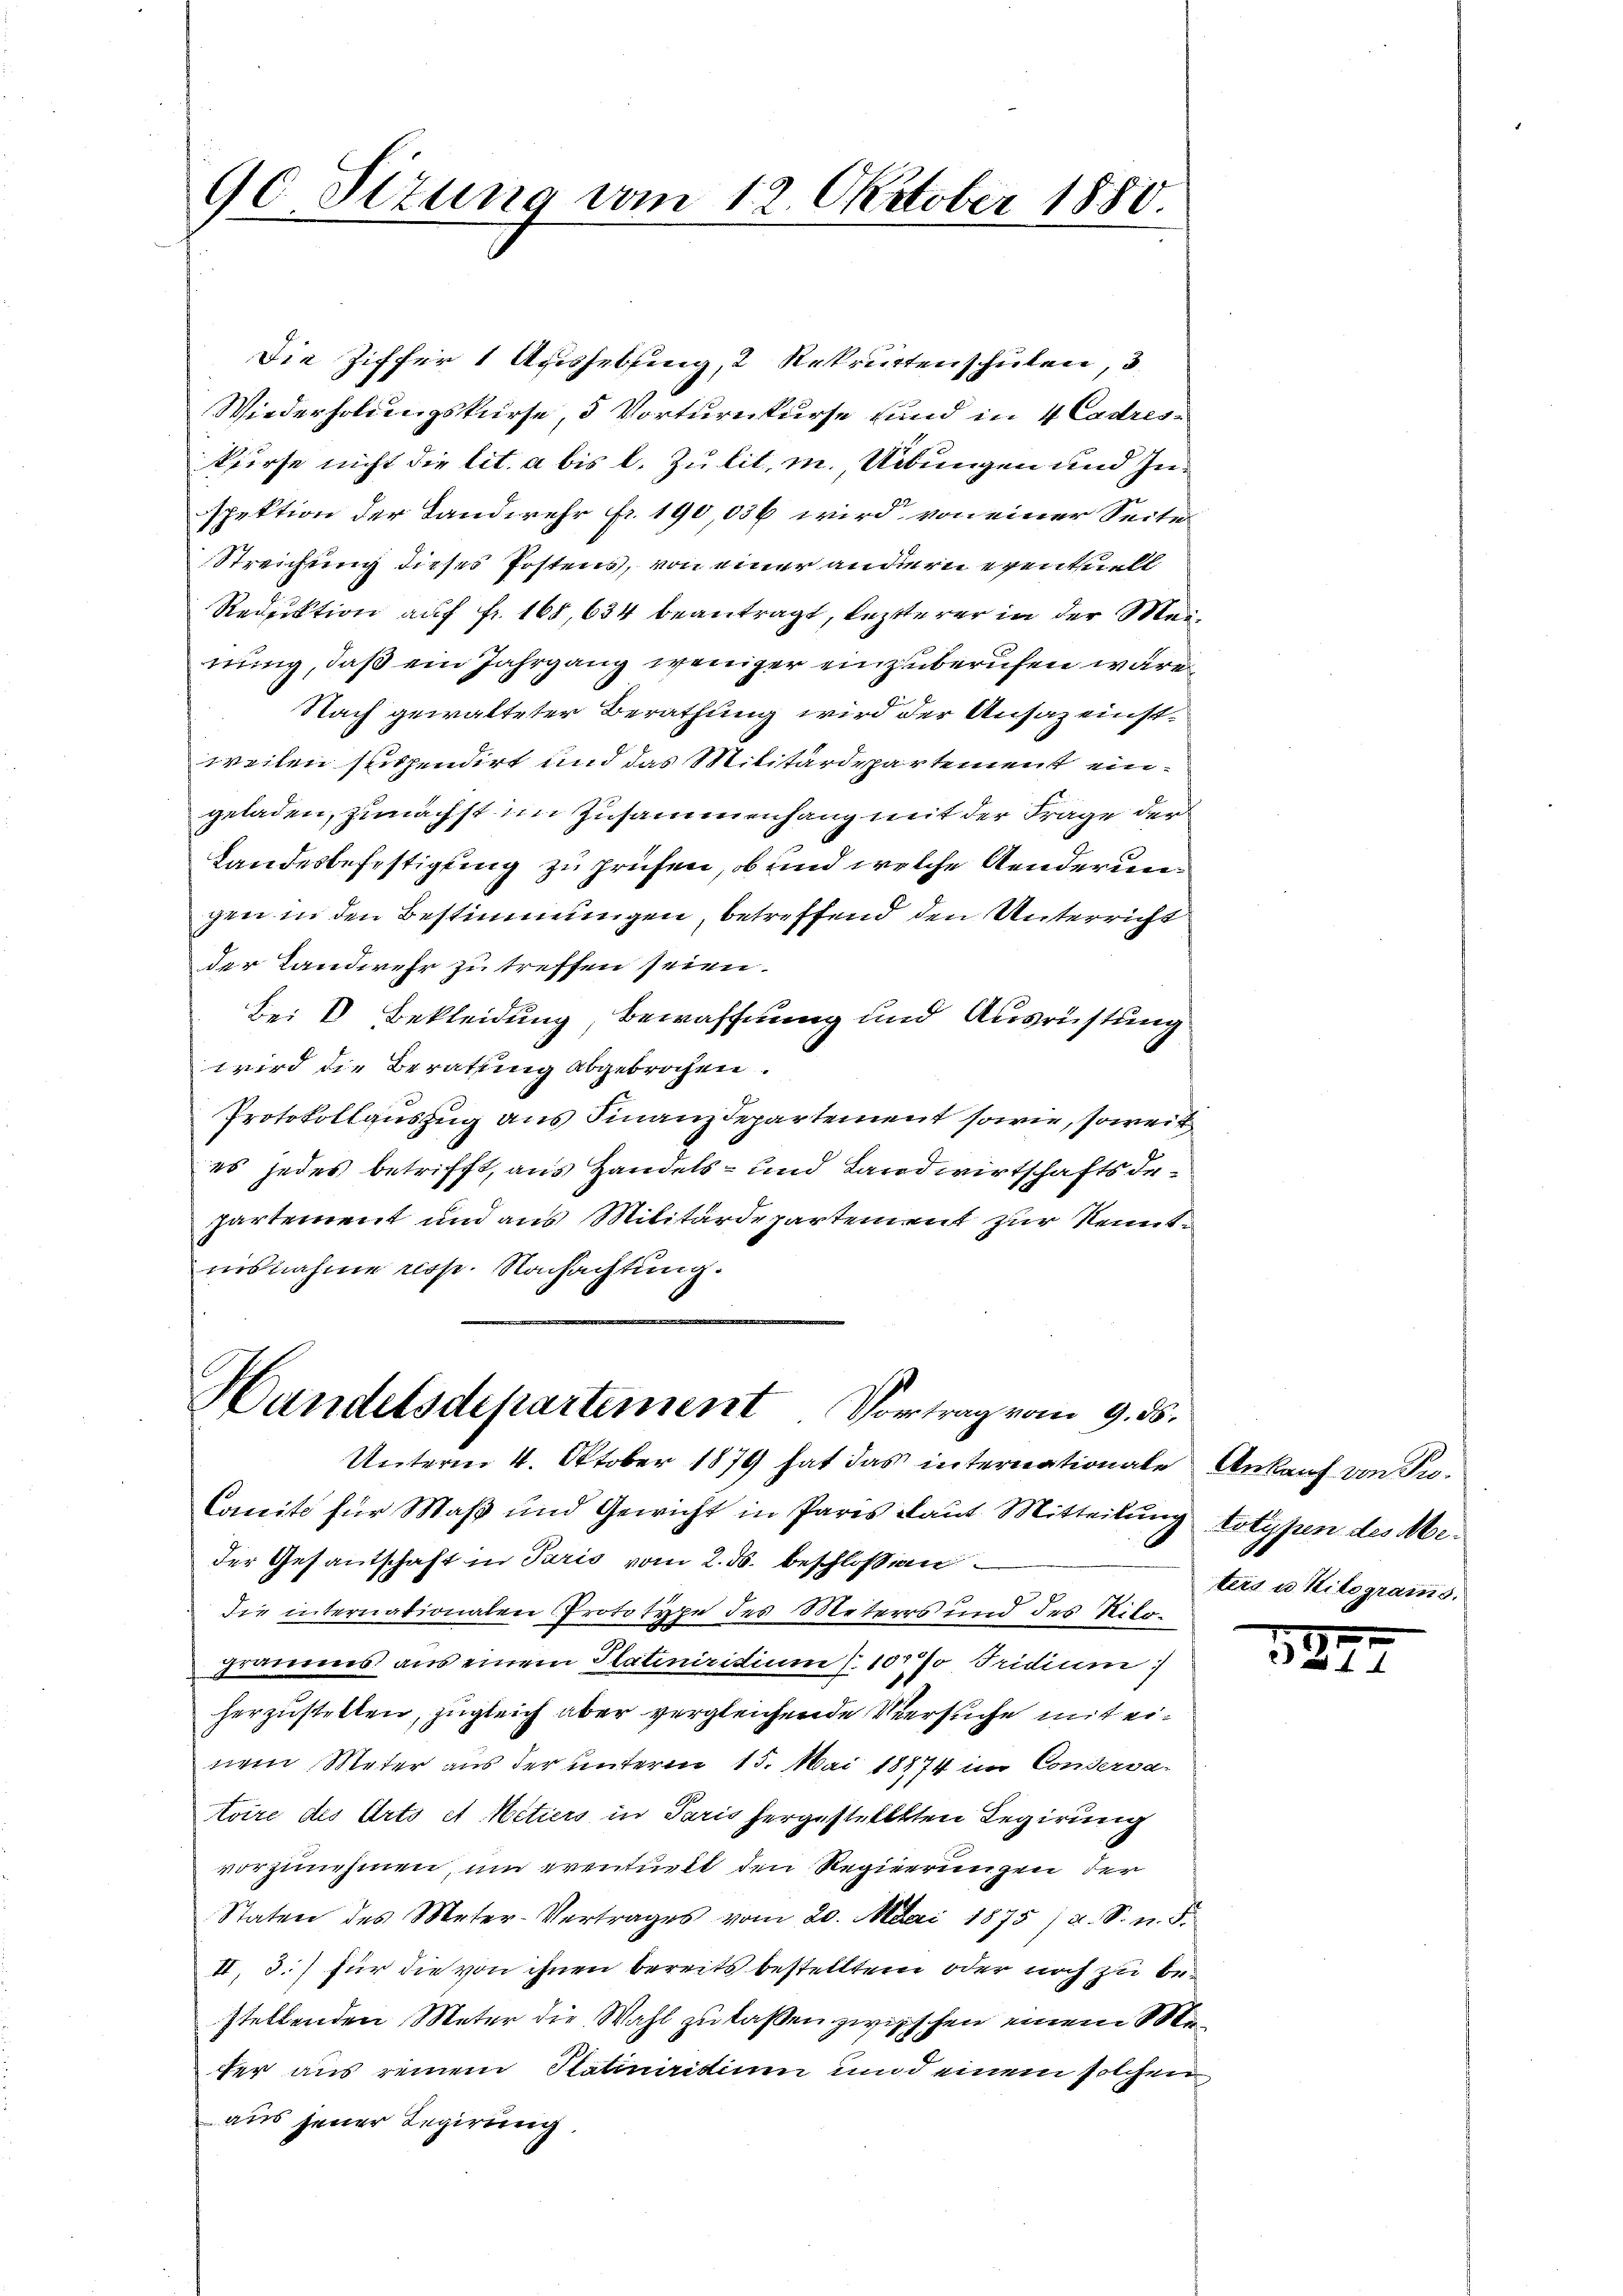
90 Sizung vom 12. Oktober 1880.

Die Ziffer 1 Aushebung, 2 Rekruten schulen, 3.
Wiederholungskurse, 5 Vorturnkurse sind in 4 Cadreskurse nicht die lit. a bis l. Zu lit. i. Uebungen und Inspektion der Landwehr fr. 190,036 wird, von einer Seite
Streichung dieses Postens, von einer andern eventuell
Reduktion auf fr. 168, 634 beantragt, lezterer in der Meinung, daß ein Jahrgang weniger einzuberufen wäre.
Nach gewalteter Berathung wird der Ansazeinstweilen suspendirt und das Militärdepartement eingeladen, zunächst im Zusammenhang mit der Frage der
Landesbefestigung zu prüfen, ob und welche Aenderungen in den Bestimmungen, betreffend den Unterricht
der Landwehr zu treffen seien.
Bei V Bekleidung, Bewaffnung und Ausrüstung
wird die Beratung abgebrochen.
Protokollauszug aus Finanzdepartement sowie, soweit
es jedes betrifft, aus Handels- und Landwirtschaftsdepartement und aus Militärdepartement zur Kenntaisnahme resp. Nachachtung.

Handelsdepartement Vortrag vom 9. ds.
Unterm 4. Oktober 1879 hat das internationale Ankauf von Tu¬

Comite für Maß und Gewicht in Paris laut Mitteilung totypen des Meder Gesantschaft in Paris vom 2. ds. beschlossen
die internationalen Prototype des Meters und des Ritograumes aus einem Platiniridium S. 102 % Tridium
herzustellen, zugleich aber vergleichende Versuche mit einem Meter aus der unterm 15. Mai 18874 im Conserva-
toire des Arts et Metiers in Paris hergestellten Regierung
vorzunehmen, um eventuelt den Regierungen der
Staten des Meter-Vertrages vom 20. Mai 1875 / a. S. n. F.
II. 3.) für die von ihnen bereits bestellten oder noch zu bestellenden Meter die Wahl zu laßen zwischen einem Stafer aus reinem Statiniridium und einem solchen
aus jener Regierung.

ters u. Kilogramms.

197.